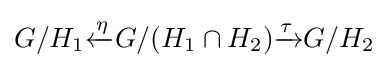
G/H_{1}{\xleftarrow {\eta }}G/(H_{1}\cap H_{2}){\xrightarrow {\tau }}G/H_{2}